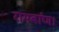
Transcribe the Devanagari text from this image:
रामबांण।